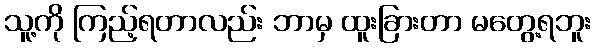
သူ့ကို ကြည့်ရတာလည်း ဘာမှ ထူးခြားတာ မတွေ့ရဘူး